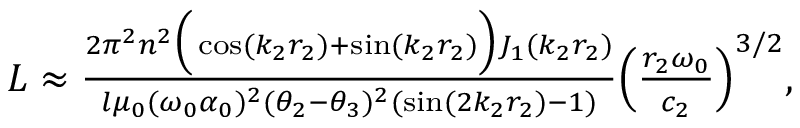
\begin{array} { r } { L \approx \frac { 2 \pi ^ { 2 } n ^ { 2 } \Big ( \cos ( k _ { 2 } r _ { 2 } ) + \sin ( k _ { 2 } r _ { 2 } ) \Big ) J _ { 1 } ( k _ { 2 } r _ { 2 } ) } { l \mu _ { 0 } ( \omega _ { 0 } \alpha _ { 0 } ) ^ { 2 } ( \theta _ { 2 } - \theta _ { 3 } ) ^ { 2 } ( \sin ( 2 k _ { 2 } r _ { 2 } ) - 1 ) } \Big ( \frac { r _ { 2 } \omega _ { 0 } } { c _ { 2 } } \Big ) ^ { 3 / 2 } , } \end{array}